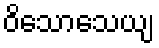
ဝိသောသေယျ